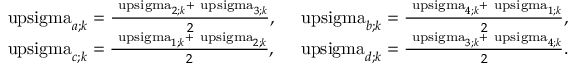
\begin{array} { r } { \mathrm { \ u p s i g m a } _ { a ; k } = \frac { \mathrm { \ u p s i g m a } _ { 2 ; k } + \mathrm { \ u p s i g m a } _ { 3 ; k } } { 2 } , \quad \mathrm { \ u p s i g m a } _ { b ; k } = \frac { \mathrm { \ u p s i g m a } _ { 4 ; k } + \mathrm { \ u p s i g m a } _ { 1 ; k } } { 2 } , } \\ { \mathrm { \ u p s i g m a } _ { c ; k } = \frac { \mathrm { \ u p s i g m a } _ { 1 ; k } + \mathrm { \ u p s i g m a } _ { 2 ; k } } { 2 } , \quad \mathrm { \ u p s i g m a } _ { d ; k } = \frac { \mathrm { \ u p s i g m a } _ { 3 ; k } + \mathrm { \ u p s i g m a } _ { 4 ; k } } { 2 } . } \end{array}